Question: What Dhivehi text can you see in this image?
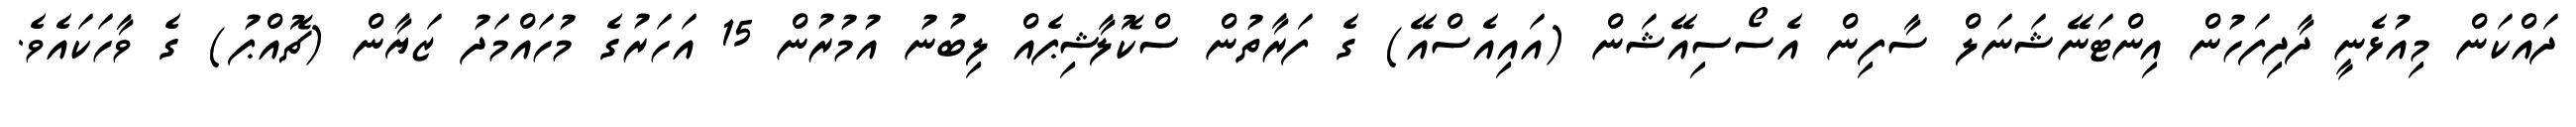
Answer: ދައްކަން މިއުޅެނީ ދާދިފަހުން އިންޓަނޭޝަނަލް ސާފިން އެސޯސިއޭޝަން (އައިއެސްއޭ) ގެ ފަރާތުން ސްކޮލާޝިޕެއް ލިބުނު އުމުރުން 15 އަހަރުގެ މުހައްމަދު ޒަޔާން (ޗޮއްޕު) ގެ ވާހަކައެވެ.